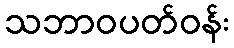
သဘာဝပတ်ဝန်း